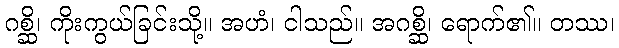
ဂစ္ဆိ၊ ကိုးကွယ်ခြင်းသို့။ အဟံ၊ ငါသည်။ အဂစ္ဆိ၊ ရောက်၏။ တဿ၊